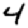
Digit: 4